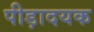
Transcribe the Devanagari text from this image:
पीड़ादयक